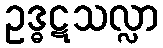
ဥဒ္ဓဋသလ္လာ